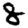
Digit: 8